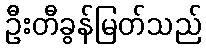
ဦးတီခွန်မြတ်သည်